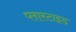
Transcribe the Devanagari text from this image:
प्लास्टाइड